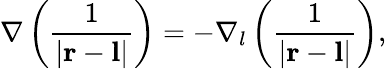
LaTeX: \nabla\left({\frac{1}{|\mathbf{r}-\mathbf{l}|}}\right)=-\nabla_{l}\left({\frac{1}{|\mathbf{r}-\mathbf{l}|}}\right),